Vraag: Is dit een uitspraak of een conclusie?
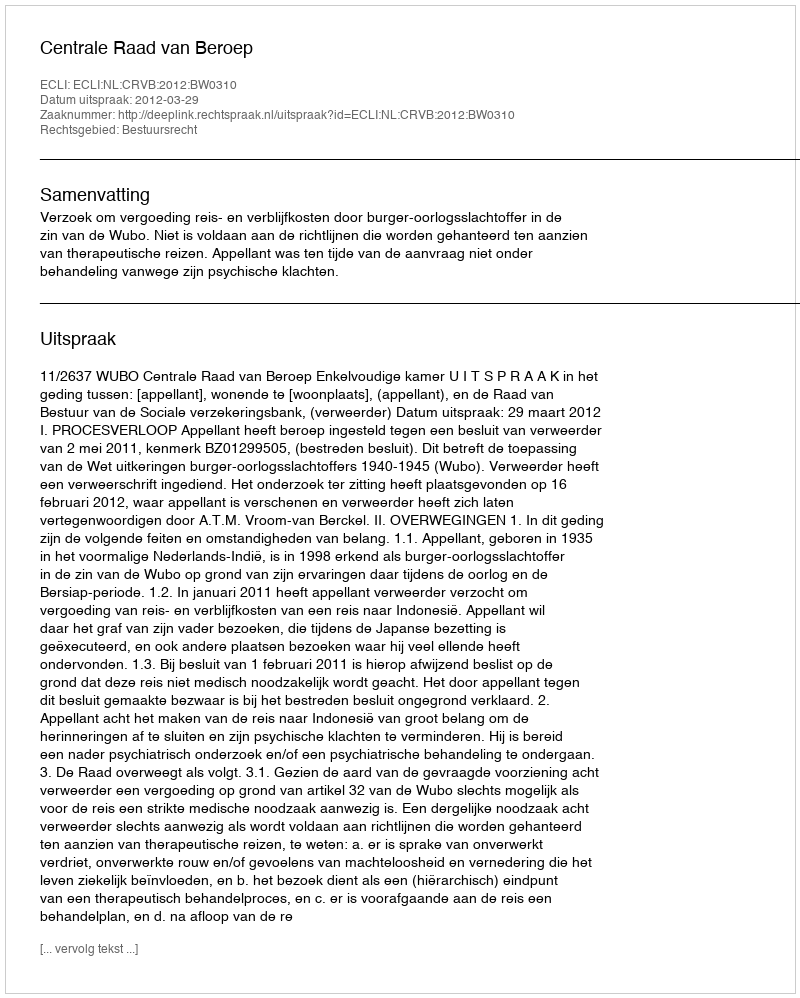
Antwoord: Uitspraak